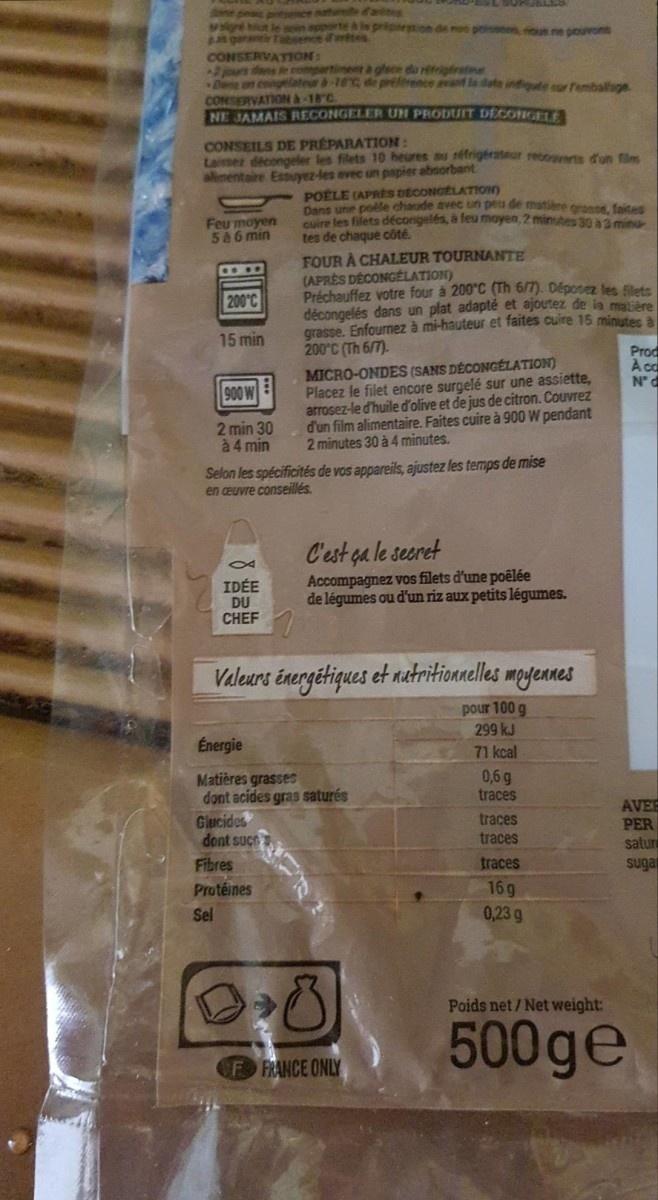
e pe prince nature dates
sig hout le mein apporte à le préparation de nos poissons, nous ne pouvont at garante Tabsence writes
CONSERVATION:
2 jours dans le compartiment à glace du réfrigérate
Den un congelateur à 18% de préférence avant la date indique ur remballage. CONSERVATIONà-18°C.
NE JAMAIS RECONGELER UN PRODUIT DECONGELE
CONSEILS DE PRÉPARATION:
Laissez décongeler les filets 10 heures su réfrigérateur recouverts d'un film alimentaire Essuyez-les avec un papier absorbant
Feu moyen 5 à 6 min
200°C
15 min
900 W
2 min 30 à 4 min
8
IDÉE DU CHEF
Selon les spécificités de vos appareils, ajustez les temps de mise en ceuvre conseillés.
POELE (APRES DECONGELATION)
Dans une poêle chaude avec un peu de matière grasse, faites cuire les filets décongelés, à feu moyen, 2 minutes 30 a 3 minu tes de chaque côté.
Glucides
FOUR À CHALEUR TOURNANTE
(APRÈS DÉCONGÉLATION)
Préchauffez votre four à 200°C (Th 6/7). Déposez les filets décongelés dans un plat adapté et ajoutez de la matière grasse. Enfournez à mi-hauteur et faites cuire 15 minutes à 200°C (Th 6/7).
dont suce
MICRO-ONDES (SANS DÉCONGÉLATION) Placez le filet encore surgelé sur une assiette, arrosez-le d'huile d'olive et de jus de citron. Couvrez d'un film alimentaire. Faites cuire à 900 W pendant 2 minutes 30 à 4 minutes.
Valeurs énergétiques et nutritionnelles moyennes
pour 100 g
299 kJ
71 kcal
Fibres Protéines
Sel
Énergie
Matières grasses
dont acides gras saturés
C'est ça le secret
Accompagnez vos filets d'une poêlée de légumes ou d'un riz aux petits légumes.
DO 8
F FRANCE ONLY
0,6 g
traces
traces
traces
traces
16g
0,23 g
Prod
A ca
N° d
AVER
PER
satur
suga
Poids net/Net weight:
500ge